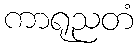
ကာရုညတံ